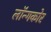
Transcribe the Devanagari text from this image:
लॉन्गकोर